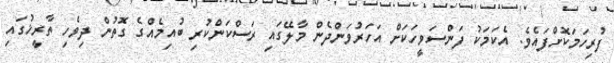
ފުރިހަމަކޮށްފައެވެ. އެކަމަކު ފަންސަވީހަކަށް އަހަރުވަންދެން މާލޭގައި ރަސްކަންކުރި ބުއިމެއްގެ ގޮތުން ދިވެހި ތާރީޚުގައި